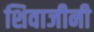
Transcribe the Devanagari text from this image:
शिवाजीनी